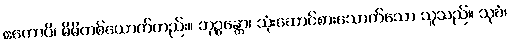
ဧကောပိ၊ မိမိတစ်ယောက်တည်း။ ဘုဉ္ဇန္တော၊ သုံးဆောင်စားသောက်သော သူသည်။ သုခံ၊